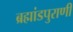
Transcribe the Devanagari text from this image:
ब्रह्मांडपुराणी